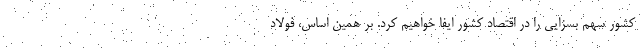
كشور سهم بسزایي را در اقتصاد کشور ايفا خواهيم كرد. بر همين اساس، فولاد